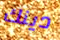
دينك